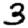
Digit: 3